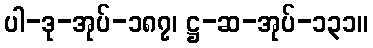
ပါ-ဒု-အုပ်-၁၈၇၊ ဋ္ဌ-ဆ-အုပ်-၁၃၁။